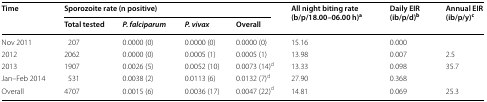
| <ROWSPAN=2> Time | <COLSPAN=4> Sporozoite rate (n positive) | <ROWSPAN=2> All night biting rate (b/p/18.00–06.00 h)a | <ROWSPAN=2> Daily EIR (ib/p/d)b | <ROWSPAN=2> Annual EIR (ib/p/y)c |
 | Total tested | P. falciparum | P. vivax | Overall |
 | --- | --- | --- | --- | --- | --- | --- | --- |
 | Nov 2011 | 207 | 0.0000 (0) | 0.0000 (0) | 0.0000 (0) | 15.16 | 0.000 |  |
 | 2012 | 2062 | 0.0000 (0) | 0.0005 (1) | 0.0005 (1) | 13.98 | 0.007 | 2.5 |
 | 2013 | 1907 | 0.0026 (5) | 0.0052 (10) | 0.0073 (14)d | 13.33 | 0.098 | 35.7 |
 | Jan–Feb 2014 | 531 | 0.0038 (2) | 0.0113 (6) | 0.0132 (7)d | 27.90 | 0.368 |  |
 | Overall | 4707 | 0.0015 (6) | 0.0036 (17) | 0.0047 (22)d | 14.81 | 0.069 | 25.3 |